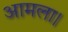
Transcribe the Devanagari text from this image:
आमला।